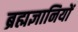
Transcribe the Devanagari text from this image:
ब्रह्मज्ञानियों